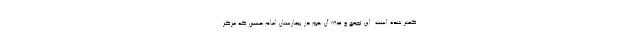
کمتر شده است. این تجمع و صف آن هم در بیمارستان امام حسین که مرکز